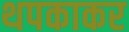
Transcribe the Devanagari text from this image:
थपकाकर